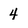
Character: 4